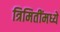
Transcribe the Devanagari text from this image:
त्रिमितींमध्ये